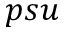
p s u